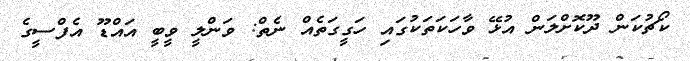
ކޯޗުކަން ދޫކޮށްލަން އުޅޭ ވާހަކަތަކުގައި ހަގީގަތެއް ނެތް: ވަންލީ ވީބީ އައްޑޫ އެފްސީގެ